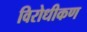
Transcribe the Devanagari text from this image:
विरोधीकण